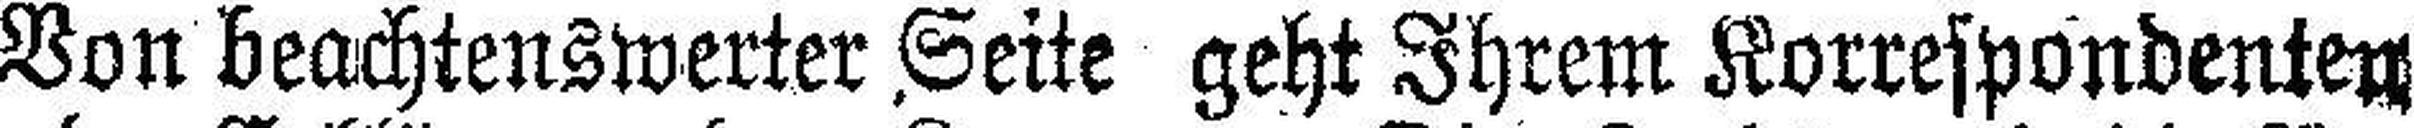
Von beachtenswerter Seite geht Ihrem Korrespondenten